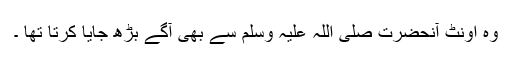
وہ اونٹ آنحضرت صلی اللہ علیہ وسلم سے بھی آگے بڑھ جایا کرتا تھا ۔